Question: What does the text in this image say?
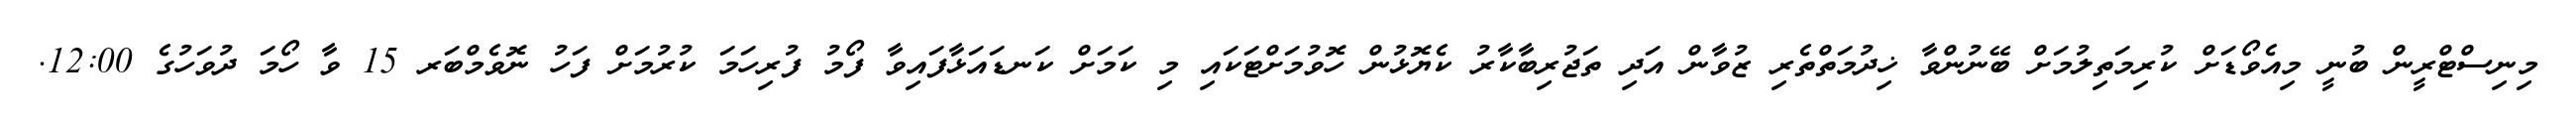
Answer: މިނިސްޓްރީން ބުނީ މިއެވޯޑަށް ކުރިމަތިލުމަށް ބޭނުންވާ ޚިދުމަތްތެރި ޒުވާން އަދި ތަޖުރިބާކާރު ކެޔޮޅުން ހޮވުމަށްޓަކައި މި ކަމަށް ކަނޑައަޅާފައިވާ ފޯމު ފުރިހަމަ ކުރުމަށް ފަހު ނޮވެމްބަރ 15 ވާ ހޯމަ ދުވަހުގެ 12:00.